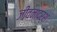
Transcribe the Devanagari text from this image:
जीवनादर्श